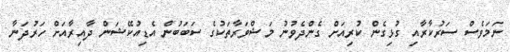
ނަމަވެސް ސަރުކާރާއި ގުޅިގެން ކުރިއަށް ގެންދެވުނު މަޝްވަރާތަކުގެ ސަބަބުން އެޑިއުކޭޝަން ދާއިރާއަށް ހަރުދަނާ